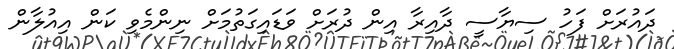
ދައުރަށް ފަހު ސިޔާސީ ދާއިރާ އިން ދުރަށް ވަޑައިގަތުމަށް ނިންމެވި ކަން އިއުލާން